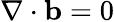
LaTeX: \nabla\cdot{\mathbf b}=0